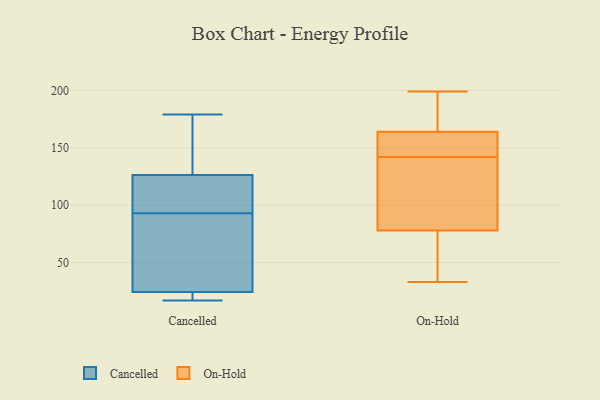
{"axis": {"x": "Market Share (%)", "y": "Value"}, "legend": ["Cancelled", "On-Hold"], "data": [{"x": "", "y": 93, "type": "Cancelled"}, {"x": "", "y": 179, "type": "Cancelled"}, {"x": "", "y": 24, "type": "Cancelled"}, {"x": "", "y": 71, "type": "Cancelled"}, {"x": "", "y": 128, "type": "Cancelled"}, {"x": "", "y": 17, "type": "Cancelled"}, {"x": "", "y": 25, "type": "Cancelled"}, {"x": "", "y": 22, "type": "Cancelled"}, {"x": "", "y": 102, "type": "Cancelled"}, {"x": "", "y": 168, "type": "Cancelled"}, {"x": "", "y": 121, "type": "Cancelled"}, {"x": "", "y": 199, "type": "On-Hold"}, {"x": "", "y": 192, "type": "On-Hold"}, {"x": "", "y": 153, "type": "On-Hold"}, {"x": "", "y": 107, "type": "On-Hold"}, {"x": "", "y": 175, "type": "On-Hold"}, {"x": "", "y": 143, "type": "On-Hold"}, {"x": "", "y": 83, "type": "On-Hold"}, {"x": "", "y": 141, "type": "On-Hold"}, {"x": "", "y": 151, "type": "On-Hold"}, {"x": "", "y": 33, "type": "On-Hold"}, {"x": "", "y": 73, "type": "On-Hold"}, {"x": "", "y": 48, "type": "On-Hold"}]}